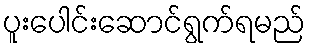
ပူးပေါင်းဆောင်ရွက်ရမည်